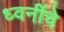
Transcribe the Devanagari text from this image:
ध्वनींचे